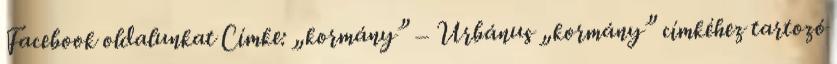
Facebook oldalunkat Címke: „kormány” – Urbánus „kormány” címkéhez tartozó